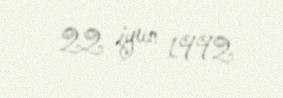
22 iyun 1992